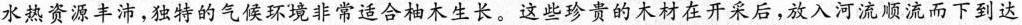
水热资源丰沛，独特的气候环境非常适合柚木生长。这些珍贵的木材在开采后，放入河流顺流而下到达